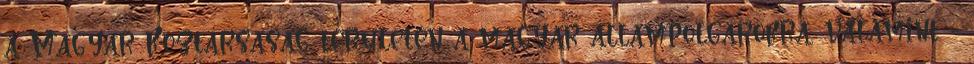
a Magyar Köztársaság területén a magyar állampolgárokra, valamint -